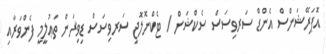
އޮޕަރޭޝަންސް އެންޑް ސަރވިސަސް ސެކްޝަން / ޓެކްނޮލޮޖީ ސަރވިސަސް ޑިވިޜަން ތަޢުލީމީ ފެންވަރާއި